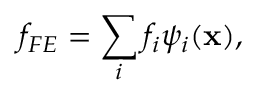
f _ { F E } = \sum _ { i } f _ { i } \psi _ { i } ( \mathbf { x } ) ,